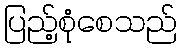
ပြည့်စုံစေသည်